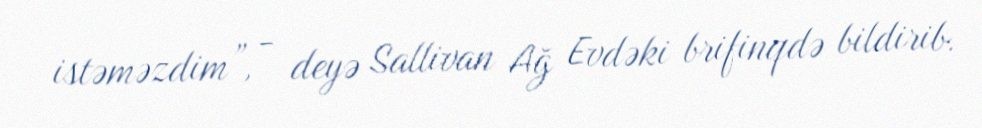
istəməzdim”, - deyə Sallivan Ağ Evdəki brifinqdə bildirib.